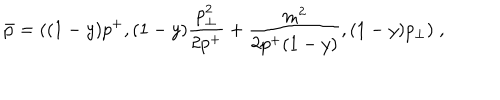
\bar { p } = ( ( 1 - y ) p ^ { + } , ( 1 - y ) { \frac { p _ { \perp } ^ { 2 } } { 2 p ^ { + } } } + { \frac { m ^ { 2 } } { 2 p ^ { + } ( 1 - y ) } } , ( 1 - y ) p _ { \perp } ) \; ,